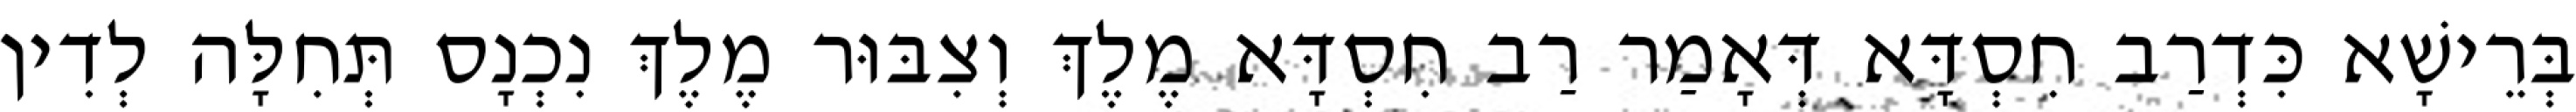
בְּרֵישָׁא כִּדְרַב חִסְדָּא דְּאָמַר רַב חִסְדָּא מֶלֶךְ וְצִבּוּר מֶלֶךְ נִכְנָס תְּחִלָּה לְדִין